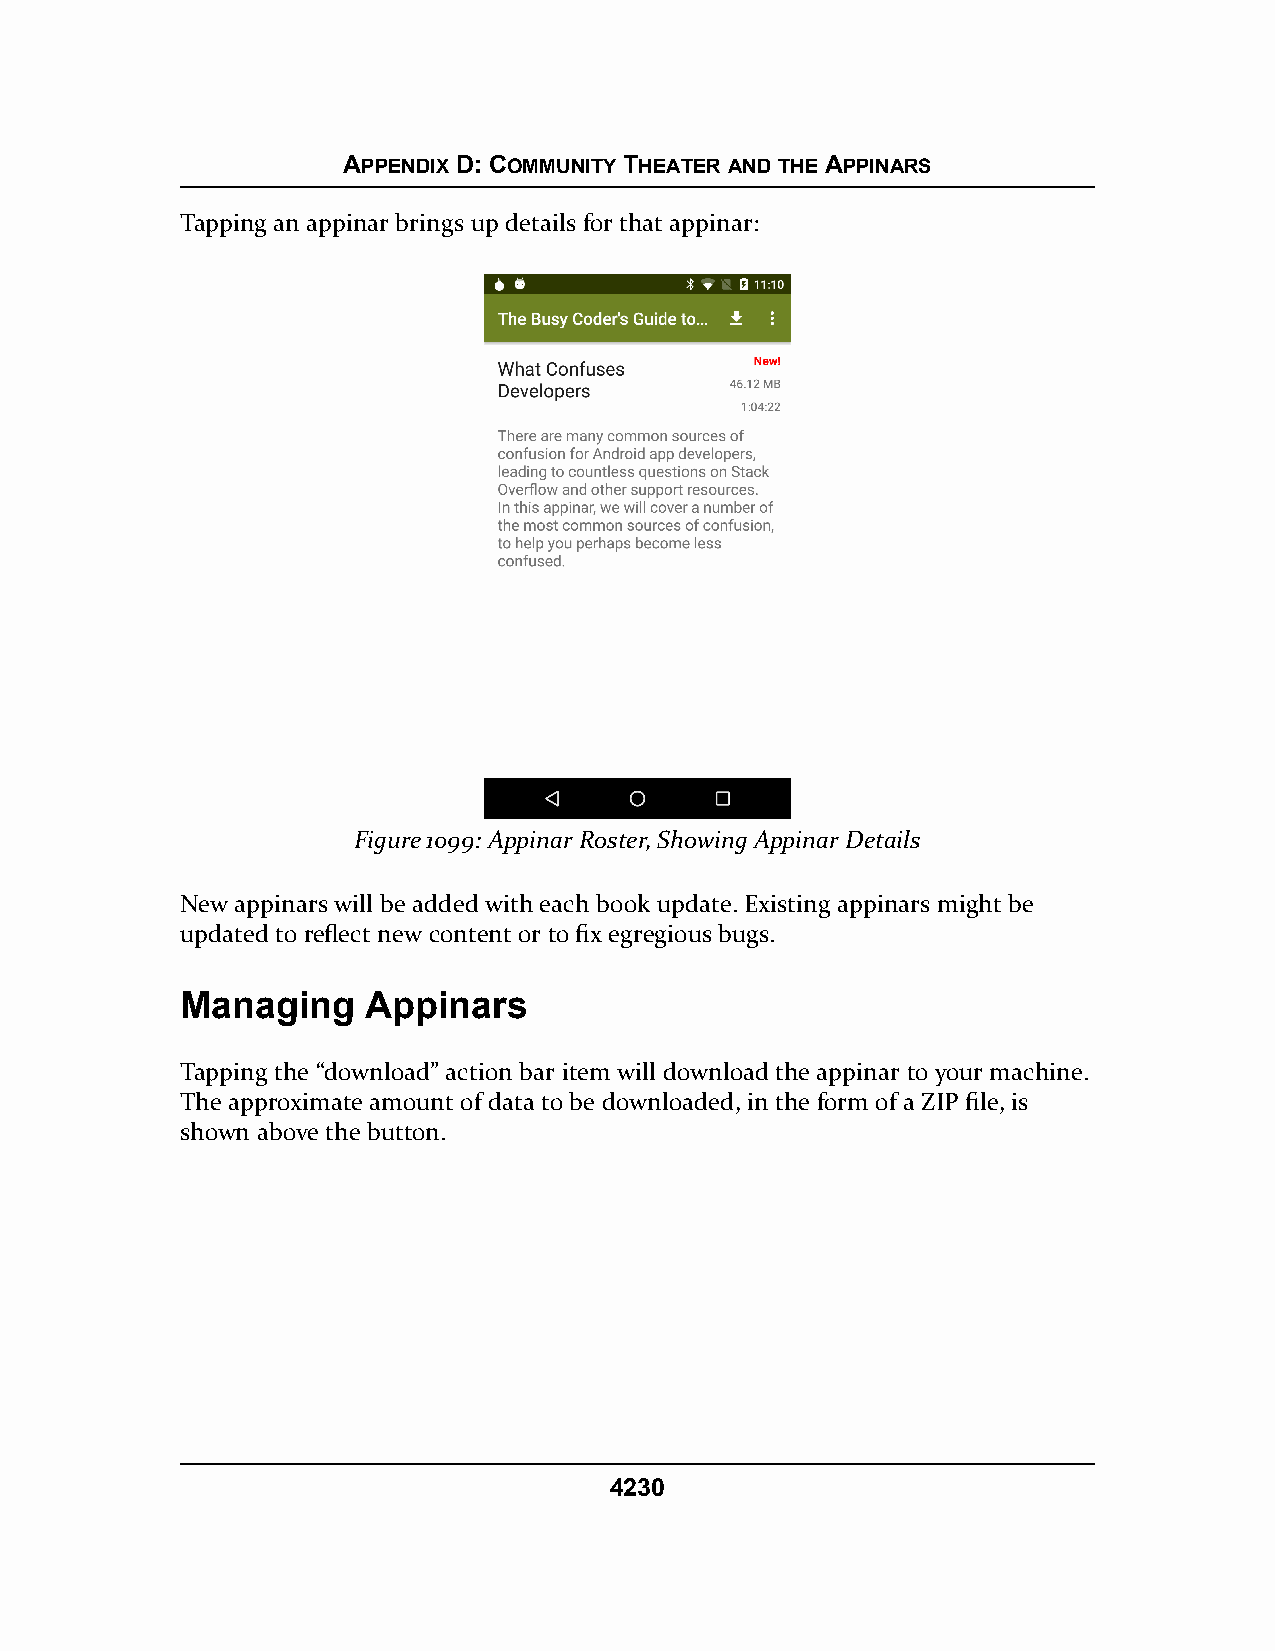
APPENDIX D: COMMUNITY THEATER AND THE APPINARS
 Tapping an appinar brings up details for that appinar:
 Figure 1099: Appinar Roster, Showing Appinar Details
 New appinars will be added with each book update. Existing appinars might be
 updated to reflect new content or to fix egregious bugs.
 Managing    Appinars
 Tapping the “download” action bar item will download the appinar to your machine.
 The approximate amount of data to be downloaded, in the form of a ZIP file, is
 shown above the button.
 4230